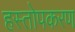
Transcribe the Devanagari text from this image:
हस्तोपकरण